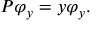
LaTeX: P \varphi _ { y } = y \varphi _ { y } .